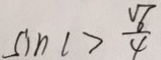
\sin C > \frac { \sqrt { 6 } } { 4 }